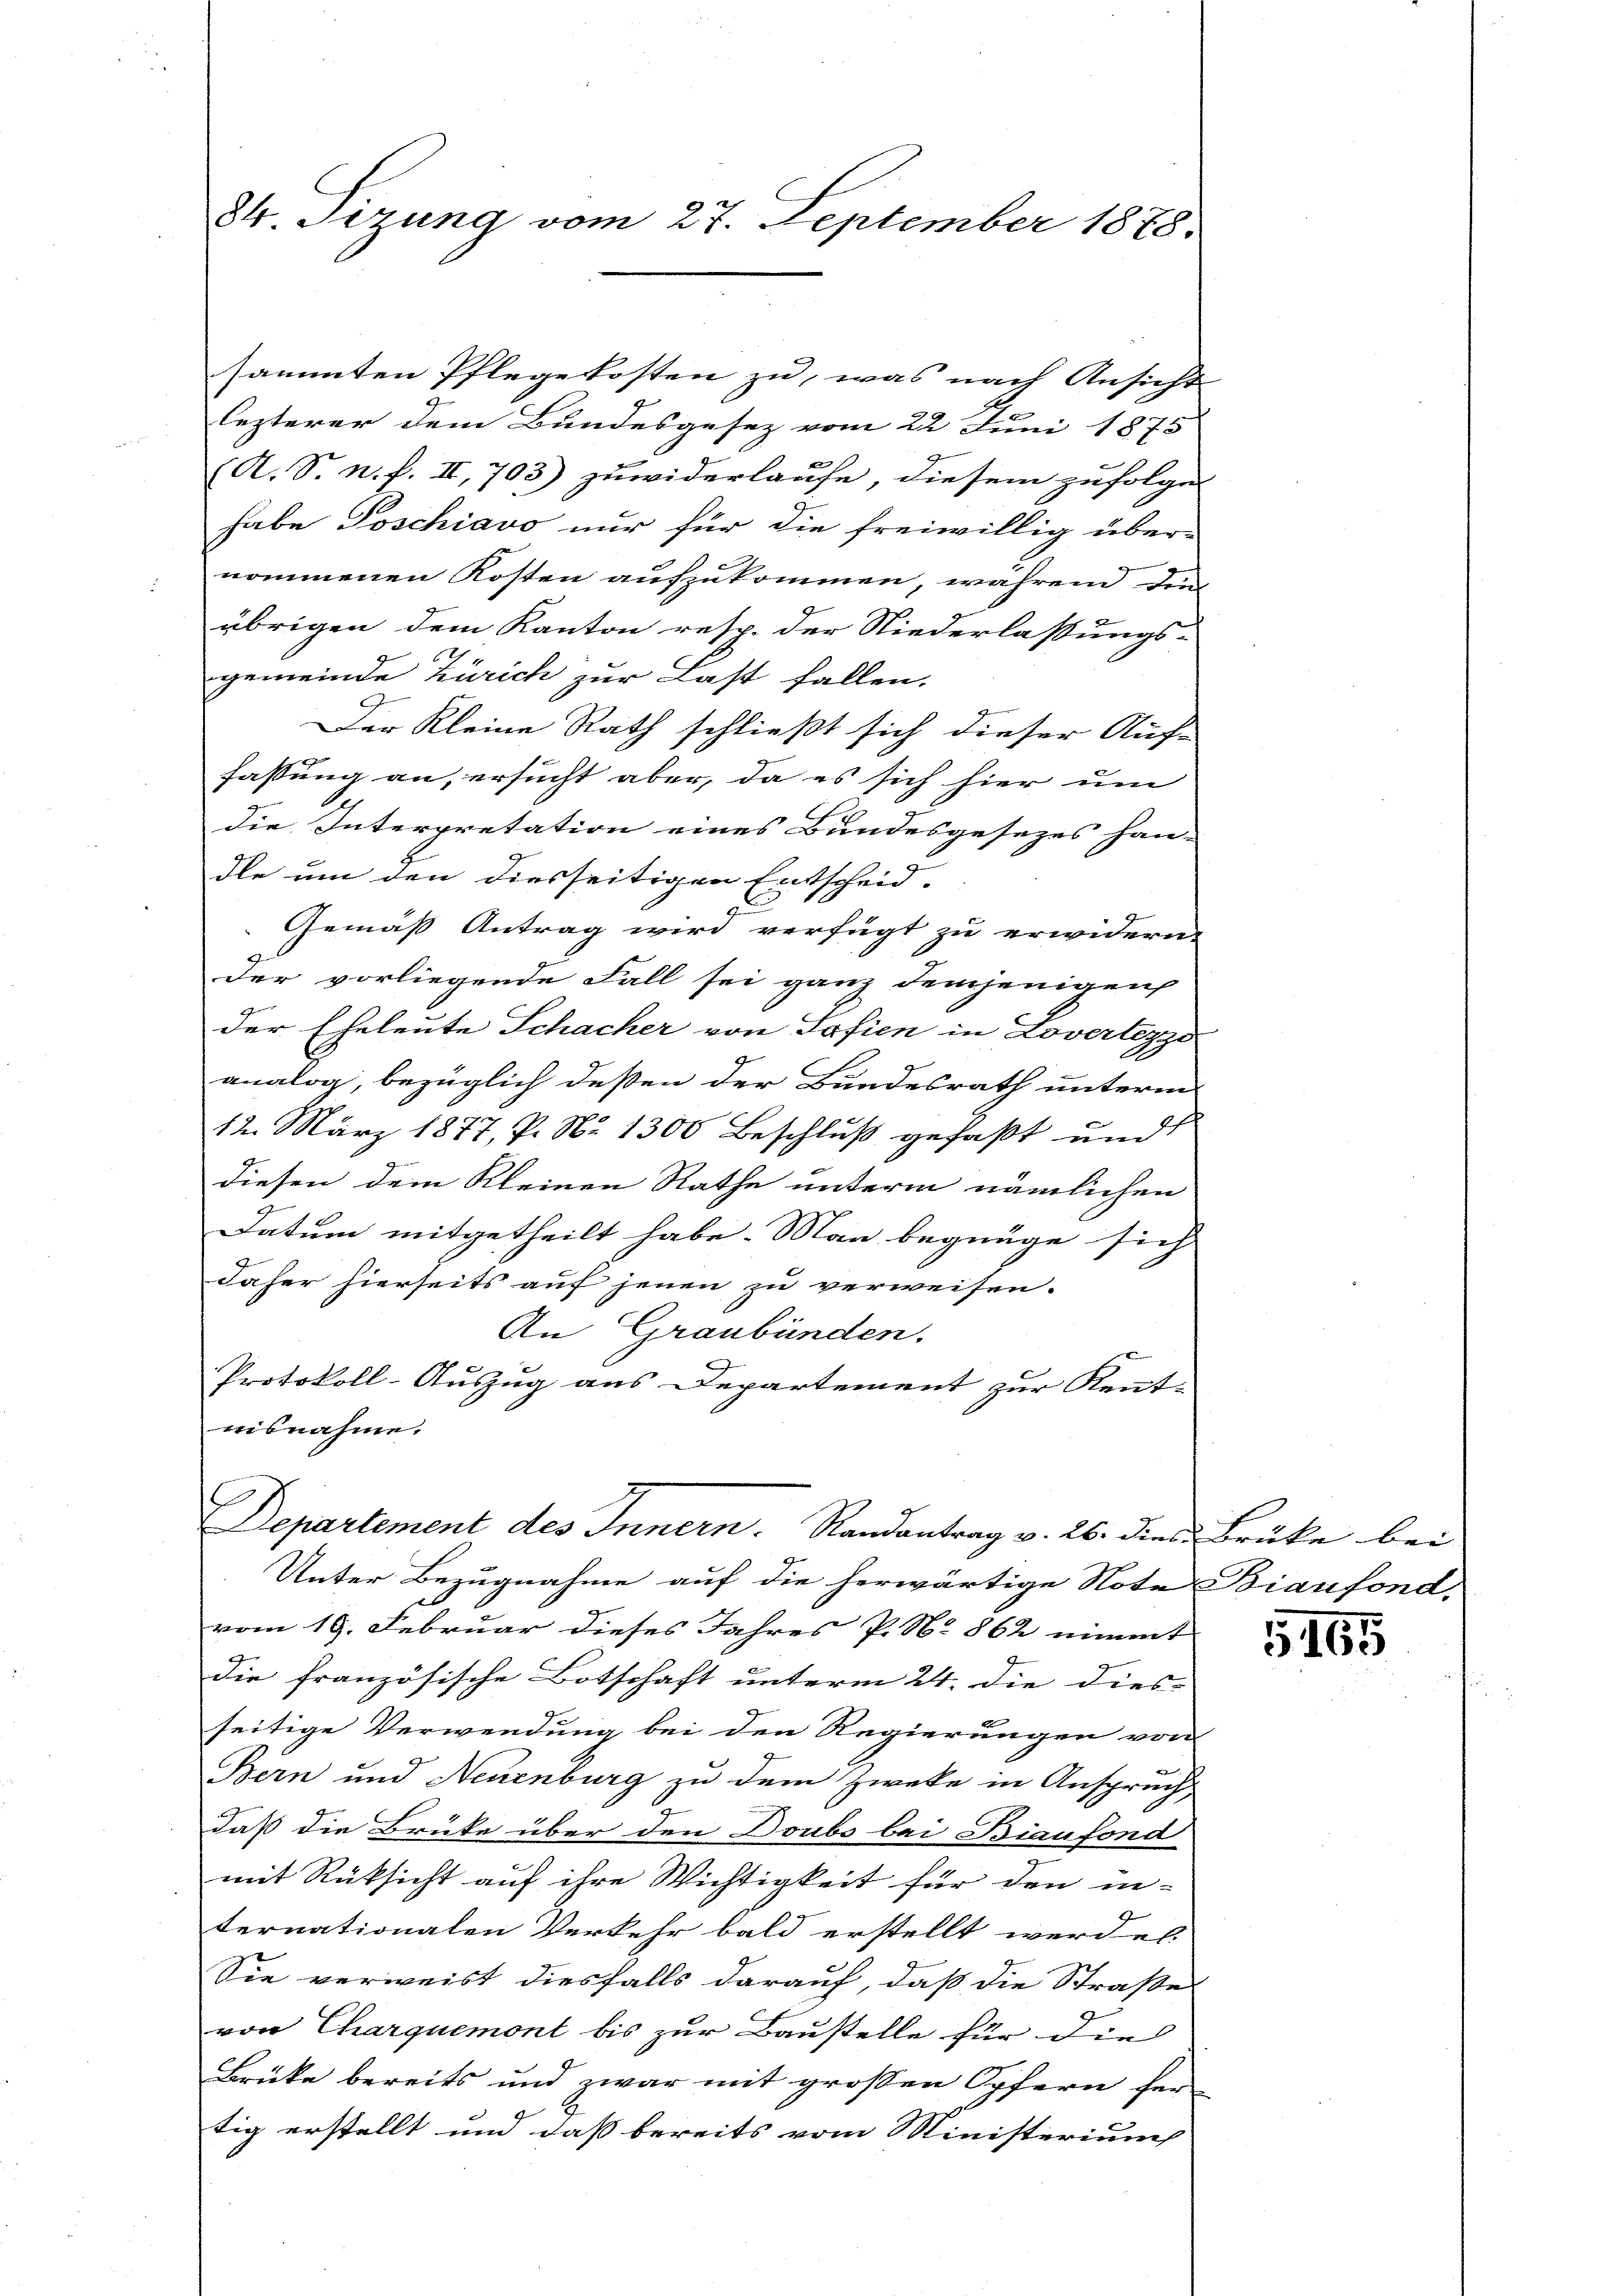
84 Sizung vom 27. September 1878.

sammten Pflegekosten zu, was nach Ansicht
lezterer dem Bundesgesez vom 22 Juni 1875
(A. S. n. F. II, 703) zuwiderlaufe, diesem zufolge
habe Poschiavo nur für die freiwillig über-
nommenen Kosten aufzukommen, während den
übrigen dem Kanton resp. der Niederlassungs-
gemeinde Zürich zur Last fallen.
g
Der Kleine Rath schließt sich dieser Auf-
fassung an, ersucht aber, da es sich hier um
die Interpretation eines Bundesgesezes han-
dle um den diesseitigen Entscheid-
Gemäß Antrag wird verfügt zu erwidern.
der vorliegende Fall sei ganz demjenigen
der Eheleute Schacher von Safien in Lovertezzo
analog, bezüglich deßen der Bundesrath unterm
12. März 1877, P. Nr. 1300 Beschluß gefaßt und
diesen dem Kleinen Rathe unterm nämlichen
Datum mitgetheilt habe. Man begnüge sich
daher hierseits auf jenen zu verweisen.
An Graubünden.
Protokoll-Auszug aus Departement zur Kennt-
nisnahme.

Departement des Innern. Randantrag v. 26. dies Brüke bei

Unter Bezugnahme auf die herwärtige Note Biaufond,
vom 19. Februar dieses Jahres P. No 862 nimmt
Die französische Botschaft unterm 24. die dies-
seitige Verwendung bei den Regierungen von
Bern und Neuenburg zu dem Zwecke in Anspruch,
daß die Brüke über den Doubs bei Biaufond
mit Rüksicht auf ihre Wichtigkeit für den in-
ternationalen Verkehr bald erstellt werden.
Sie verweist diesfalls darauf, daß die Straße
von Charquemont bis zur Baustelle für die
Brüke bereits und zwar mit großen Opfern fer
tig erstellt und dass bereits vom Ministerium

G,165